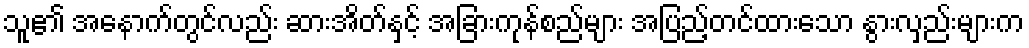
သူ၏ အနောက်တွင်လည်း ဆားအိတ်နှင့် အခြားကုန်စည်များ အပြည့်တင်ထားသော နွားလှည်းများက